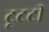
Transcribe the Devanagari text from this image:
टूटटी